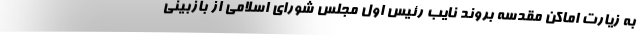
به زیارت اماکن مقدسه بروند نایب رئیس اول مجلس شورای اسلامی از بازبینی